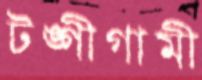
টঙ্গীগামী